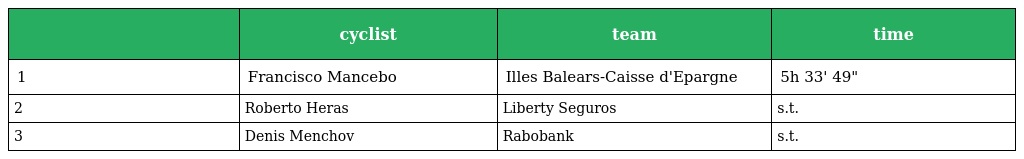
|  | cyclist | team | time |
 | --- | --- | --- | --- |
 | 1 | Francisco Mancebo | Illes Balears-Caisse d'Epargne | 5h 33' 49" |
 | 2 | Roberto Heras | Liberty Seguros | s.t. |
 | 3 | Denis Menchov | Rabobank | s.t. |